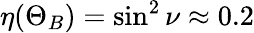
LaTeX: \eta(\Theta_{B})=\sin^{2}\nu\approx 0.2